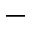
-